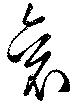
袞